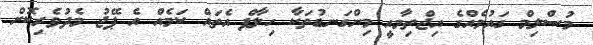
މުސްލިމް ގައުމެއްގެ އިޖްތިމާއީ މިންގަނޑުތަކާ ހިލާފް އެތައް ކަމެއް އެ ޕޭޖު މެދުވެރިކޮށް